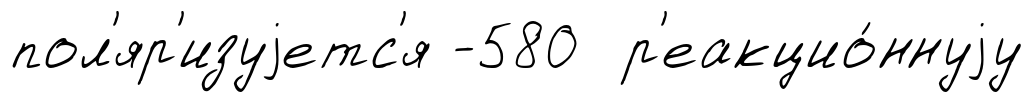
пол'яр'изуjетс'я -580 р'еакцио́ннуjу